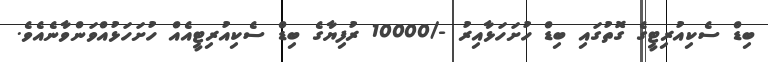
ބިޑް ސެކިއުރިޓީގެ ގޮތުގައި ބިޑް ހުށަހަޅާއިރު -/10000 ރުފިޔާގެ ބިޑް ސެކިއުރިޓީއެއް ހުށަހަޅުއްވަންވާނެއެވެ.